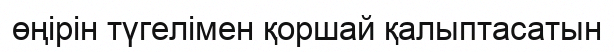
өңірін түгелімен қоршай қалыптасатын